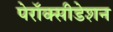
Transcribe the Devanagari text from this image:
पेरॉक्सीडेशन